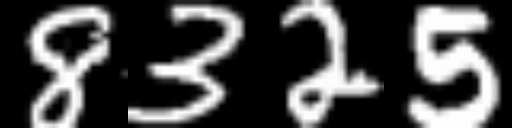
Text: 8325